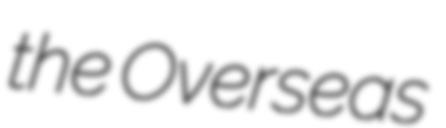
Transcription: the Overseas